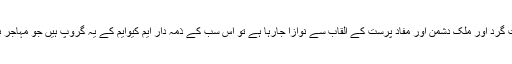
آج اگر مہاجروں کو را کا ایجنٹ ، دہشت گرد اور ملک دشمن اور مفاد پرست کے القاب سے نوازا جارہا ہے تو اس سب کے ذمہ دار ایم کیوایم کے یہ گروپ ہیں جو مہاجر بھیس میں مہاجر دشمن ثابت ہوئے ہیں ۔